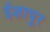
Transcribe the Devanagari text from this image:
ईशापूर